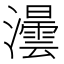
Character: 𤃅